French and German assistants in Scottish schools and training centres, 1939
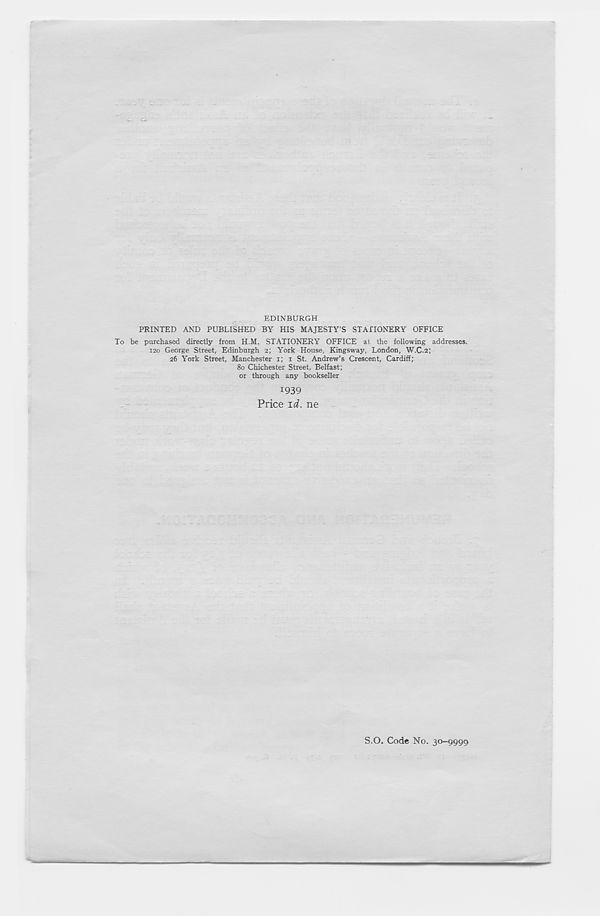
EDINBURGH
PRINTED AND PUBLISHED BY HIS MAJESTY’S STATIONERY OFFICE
To be purchased directly from H.M. STATIONERY OFFICE at the following addresses.
120 George Street, Edinburgh 2; York House, Kingsway, London, W.C.2;
26 York Street, Manchester 1; 1 St. Andrew’s Crescent, Cardiff;
80 Chichester Street, Belfast;
or through any bookseller
1939
Price id. ne
S.O. Code No. 30—9999